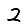
Digit: 2